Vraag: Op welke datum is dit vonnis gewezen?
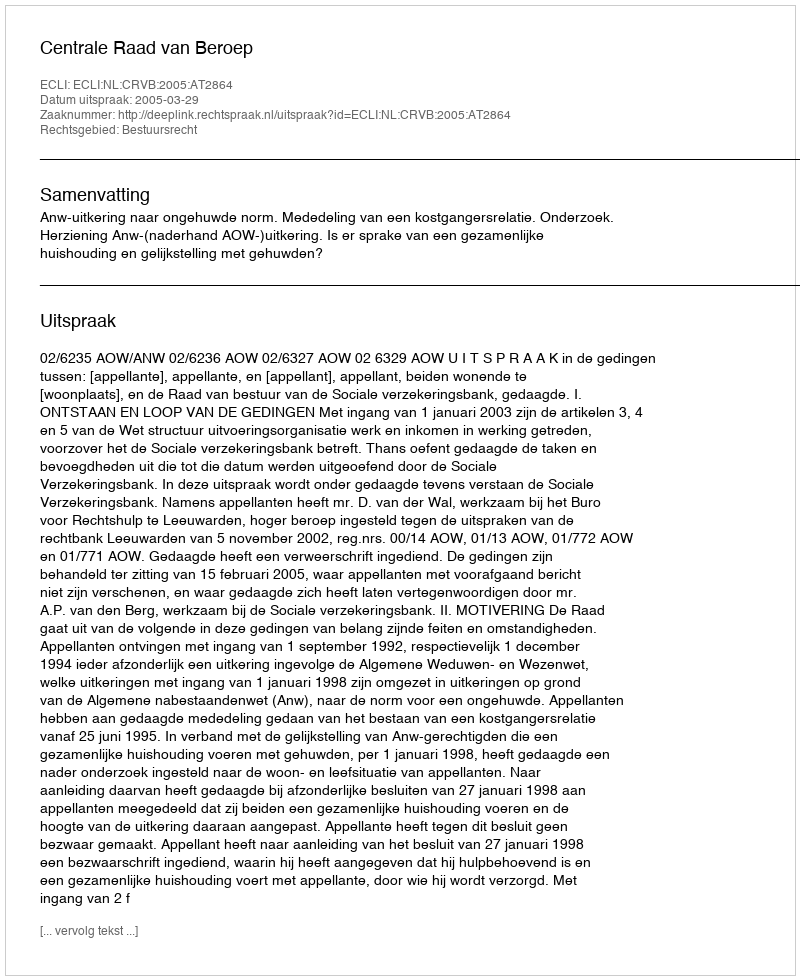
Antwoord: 2005-03-29